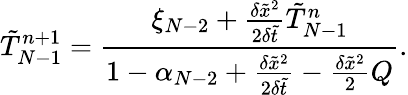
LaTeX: \tilde{T}_{N-1}^{n+1}=\frac{{{\xi_{N-2}}+\frac{{\delta{{\tilde{x}}^{2}}}}{{2\delta\tilde{t}}}\tilde{T}_{N-1}^{n}}}{{1-{\alpha_{N-2}}+\frac{{\delta{{\tilde{x}}^{2}}}}{{2\delta\tilde{t}}}-\frac{{\delta{{\tilde{x}}^{2}}}}{2}Q}}.